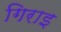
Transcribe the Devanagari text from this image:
गिराइ